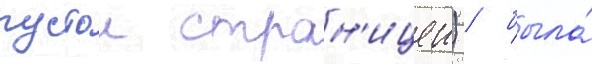
пустои стран'ицеи) / была́